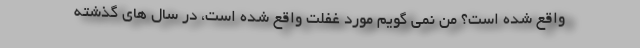
واقع شده است؟ من نمی گویم مورد غفلت واقع شده است، در سال های گذشته